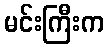
မင်းကြီးက